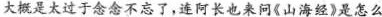
大概是太过于念念不忘了，连阿长也来问《山海经》是怎么